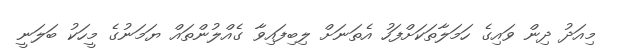
މިއަދު ދިން ވައިގެ ހަމަލާތަކަށްފަހު އެތަނަށް ލިބިފައިވާ ގެއްލުންތައް ޔަމަނުގެ މީހަކު ބަލަނީ